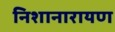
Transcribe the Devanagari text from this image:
निशानारायण